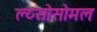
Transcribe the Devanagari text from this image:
ल्य्सोसोमल